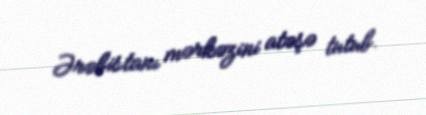
Ərəbistanı mərkəzini atəşə tutub.